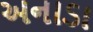
અનાડા